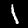
Label: 1